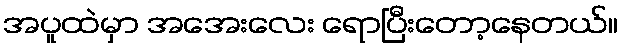
အပူထဲမှာ အအေးလေး ရောပြီးတော့နေတယ်။